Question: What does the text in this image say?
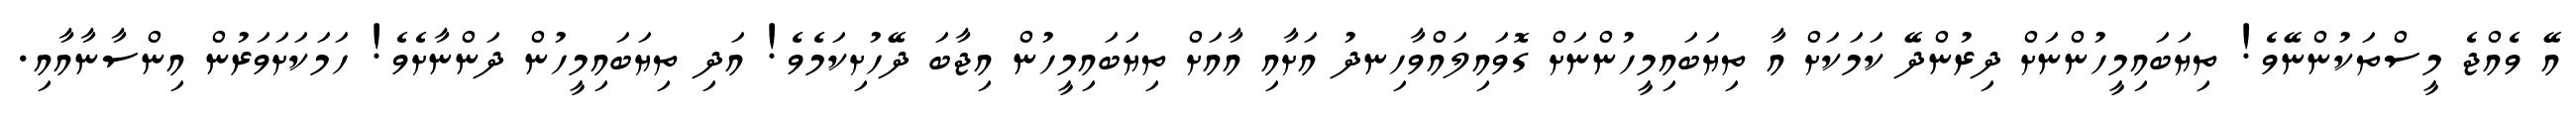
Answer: އޭ ވެއްޖެ މީސްތަކުންނޭވެ! ތިޔަބައިމީހުންނަށް ދިރުންދޭ ކަމަކަށް އާ ތިޔަބައިމީހުންނަށް ގޮވައިލައްވާހިނދު އަށާއި އާއަށް ތިޔަބައިމީހުން އިޖާބަ ދޭހުށިކަމެވެ! އަދި ތިޔަބައިމީހުން ދަންނާށެވެ! ހަމަކަށަވަރުން އިންސާނާއާއި.